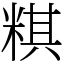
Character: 粸